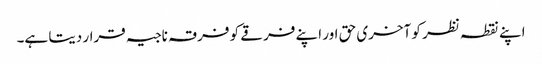
اپنے نقطہ نظر کو آخری حق اور اپنے فرقے کو فرقہ ناجیہ قرار دیتا ہے۔